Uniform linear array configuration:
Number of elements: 64
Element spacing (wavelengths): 0.25
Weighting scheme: uniform
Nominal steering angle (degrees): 30
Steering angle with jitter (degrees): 28.55
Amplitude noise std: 0.05
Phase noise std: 0.05

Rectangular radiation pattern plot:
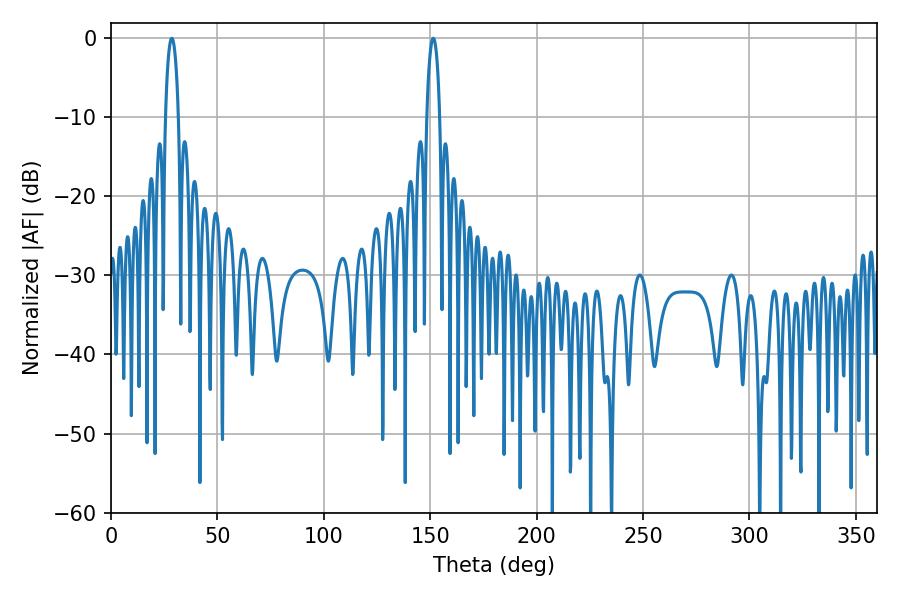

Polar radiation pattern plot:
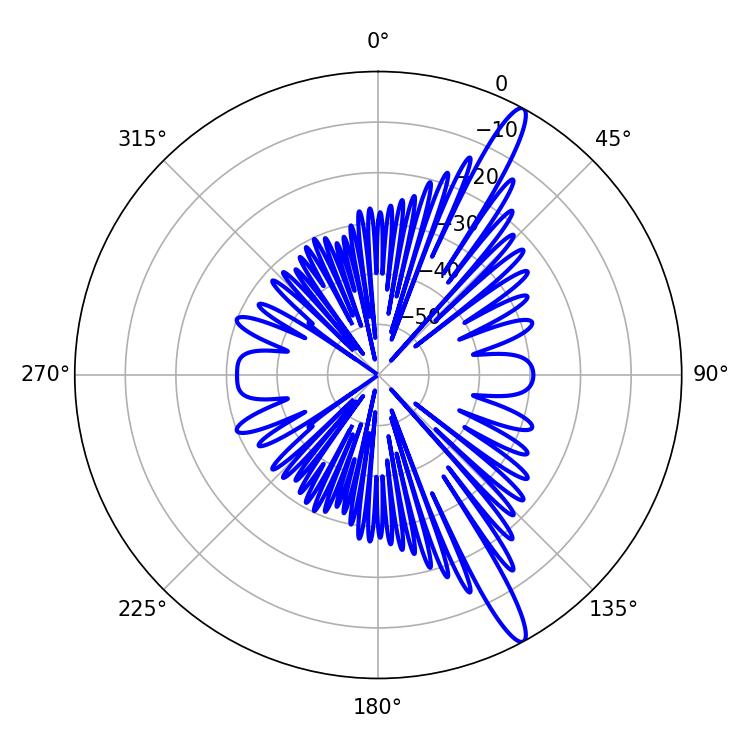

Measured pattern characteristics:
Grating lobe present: FALSE
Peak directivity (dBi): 14.702
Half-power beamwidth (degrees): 3.42
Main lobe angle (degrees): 28.62